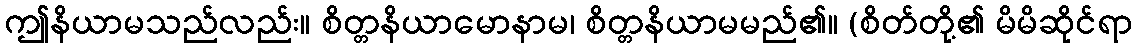
ဤနိယာမသည်လည်း။ စိတ္တနိယာမောနာမ၊ စိတ္တနိယာမမည်၏။ (စိတ်တို့၏ မိမိဆိုင်ရာ